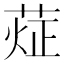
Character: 𰱨